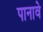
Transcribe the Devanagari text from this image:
पानावे